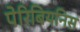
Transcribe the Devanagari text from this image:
पेरिबियनिस